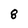
Character: 8